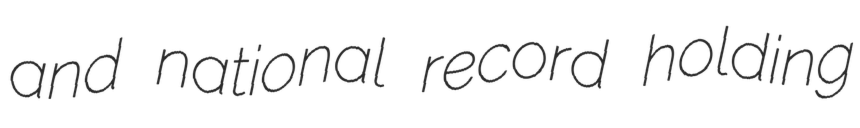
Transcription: and national record holding